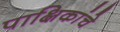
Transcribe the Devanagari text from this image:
पाक्षिकांचे